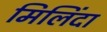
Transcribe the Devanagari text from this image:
मिलिंदा